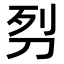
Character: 𭃖